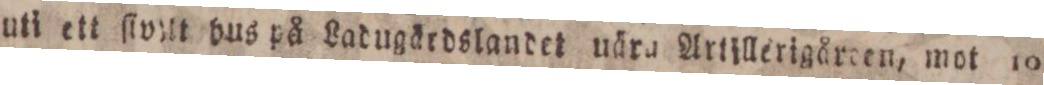
uti ett ſivilt bus på Ladugärdslandet uära Artjllerigåreen, mot 10